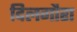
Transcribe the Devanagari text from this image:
दिलगौरा